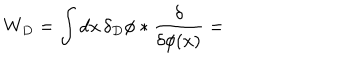
W _ { D } = \int d x \, \delta _ { D } \phi * { \frac { \delta } { \delta \phi ( x ) } } =